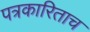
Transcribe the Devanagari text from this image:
पत्रकारिताच